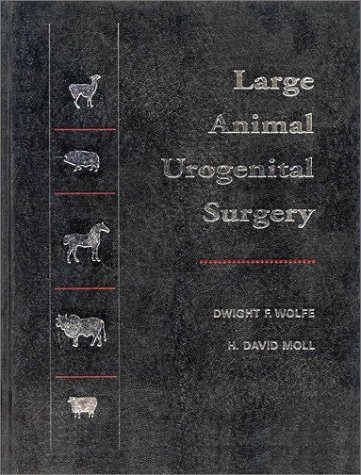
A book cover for Large Animal Urogenital Surgery; Medical Books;